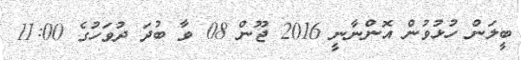
ބީލަން ހުޅުވުން އޮންނާނީ 2016 ޖޫން 08 ވާ ބުދަ ދުވަހުގެ 11:00